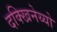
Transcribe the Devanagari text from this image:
दक्खिनेय्यो